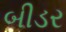
બીડર